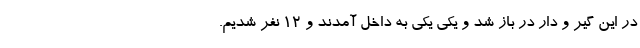
در این گیر و دار در باز شد و یکی یکی به داخل آمدند و ۱۲ نفر شدیم.